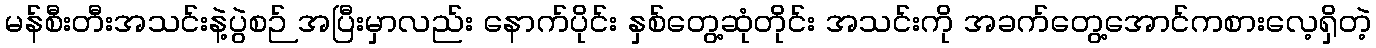
မန်စီးတီးအသင်းနဲ့ပွဲစဉ် အပြီးမှာလည်း နောက်ပိုင်း နှစ်တွေ့ဆုံတိုင်း အသင်းကို အခက်တွေ့အောင်ကစားလေ့ရှိတဲ့